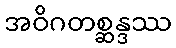
အဝိဂတစ္ဆန္ဒဿ